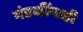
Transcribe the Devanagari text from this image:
मंडळींनाही